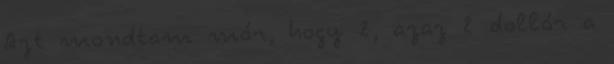
Azt mondtam már, hogy 2, azaz 2 dollár a